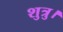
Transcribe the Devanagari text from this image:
शुत्रु।